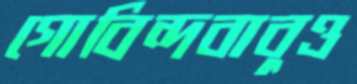
গোবিন্দবাবুও